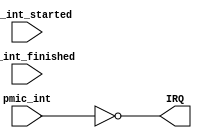
module interrupt_glue (
    output  wire            IRQ,

    (* X_INTERFACE_INFO = "xilinx.com:signal:interrupt:1.0 pmic_int INTERRUPT" *)
    (* X_INTERFACE_PARAMETER = "SENSITIVITY LEVEL_LOW" *)
    input   wire            pmic_int,

    (* X_INTERFACE_INFO = "xilinx.com:signal:interrupt:1.0 vfd_int_started INTERRUPT" *)
    (* X_INTERFACE_PARAMETER = "SENSITIVITY LEVEL_HIGH" *)
    input   wire            vfd_int_started,
        (* X_INTERFACE_INFO = "xilinx.com:signal:interrupt:1.0 vfd_int_finished INTERRUPT" *)
    (* X_INTERFACE_PARAMETER = "SENSITIVITY LEVEL_HIGH" *)
    input   wire            vfd_int_finished
);

    assign IRQ = ~pmic_int;

endmodule